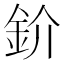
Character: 𫒌